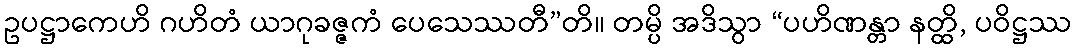
ဥပဋ္ဌာကေဟိ ဂဟိတံ ယာဂုခဇ္ဇကံ ပေသေဿတီ”တိ။ တမ္ပိ အဒိသွာ “ပဟိဏန္တာ နတ္ထိ, ပဝိဋ္ဌဿ